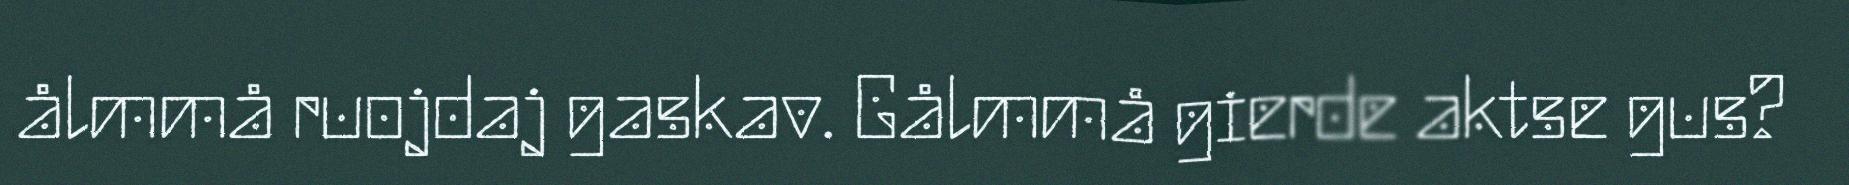
ålmmå ruojdaj gaskav. Gålmmå gierde aktse gus?